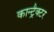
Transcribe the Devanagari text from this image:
कान्ट्रैक्टर